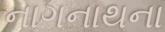
નાગનાથના